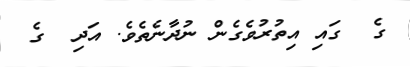
ގެ  ގައި އިތުރުވެގެން ނުދާނެތެވެ. އަދި  ގެ